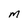
Character: m